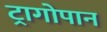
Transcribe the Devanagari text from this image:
ट्रागोपान